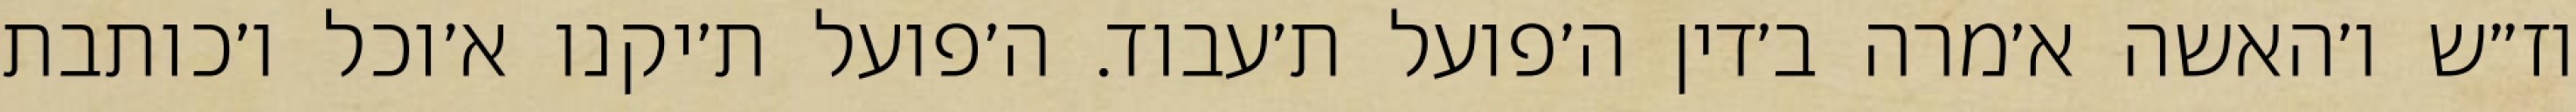
וז״ש ו׳האשה א׳מרה ב׳דין ה׳פועל ת׳עבוד. ה׳פועל ת׳יקנו א׳וכל ו׳כותבת